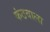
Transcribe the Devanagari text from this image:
कंठवाला